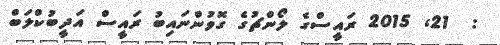
:  21